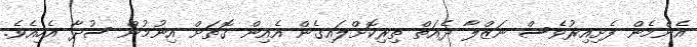
އެންމެން ފެށިއިރުވެސް ނަޒްލާ ދެއަތް ތިރިކޮށްލައިގެން އެއިން ގޮތަށް އިނުމުން ސުދާ އެހިއެވެ.